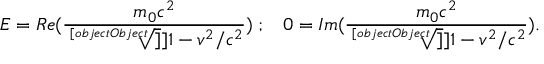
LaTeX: E = R e ( \frac { m _ { 0 } c ^ { 2 } } { \sqrt [ [object Object] ] ] { 1 - v ^ { 2 } / c ^ { 2 } } } ) \; ; \; \; \; 0 = I m ( \frac { m _ { 0 } c ^ { 2 } } { \sqrt [ [object Object] ] ] { 1 - v ^ { 2 } / c ^ { 2 } } } ) .